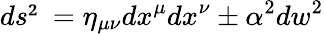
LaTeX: ds²=\eta_{\mu\nu}dx^{\mu}dx^{\nu}\pm\alpha^{2}dw^{2}